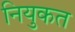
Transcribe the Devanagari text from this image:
नियुकत